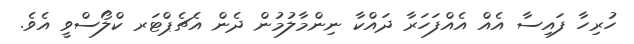
ހުރިހާ ފައިސާ އެއް އެއްފަހަރާ ދައްކާ ނިންމާލުމުން ދެން އެޗެޕްޓަރ ކްލޯސްވީ އެވެ.